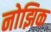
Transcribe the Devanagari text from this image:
नोझिक